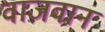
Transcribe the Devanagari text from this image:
वाजवान